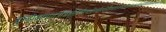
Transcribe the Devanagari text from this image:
बुरूंडीकोमोरोज़जिबूतीईरीट्रियाइथियोपियाकीनियामैडागास्करमलावीमारीशसमोजाम्बिकरवांडासेशल्ससोमालियातंजानियायुगांडाजाम्बियाज़िम्बाबवे